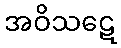
အဝိသဋေ